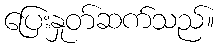
ပြေးနှုတ်ဆက်သည်။